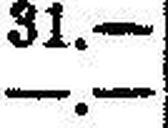
—.—